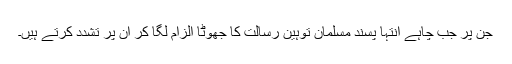
جن پر جب چاہے انتہا پسند مسلمان توہینِ رسالت کا جھوٹا الزام لگا کر اُن پر تشدد کرتے ہیں۔